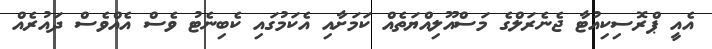
އެއީ ޕްރޮސިކިއުޓާ ޖެނެރަލްގެ މަސްއޫލިއްޔަތެއް ކަމަށާއި އެކަމުގައި ކެބިނެޓު ވެސް އެއްވެސް ދައުރެއް